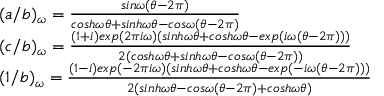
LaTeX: \begin{array} { l l } { { ( a / b ) _ { \omega } = \frac { s i n \omega ( \theta - 2 \pi ) } { c o s h \omega \theta + s i n h \omega \theta - c o s \omega ( \theta - 2 \pi ) } } } \\ { { ( c / b ) _ { \omega } = \frac { ( 1 + i ) e x p ( 2 \pi i \omega ) ( s i n h \omega \theta + c o s h \omega \theta - e x p ( i \omega ( \theta - 2 \pi ) ) ) } { 2 ( c o s h \omega \theta + s i n h \omega \theta - c o s \omega ( \theta - 2 \pi ) ) } } } \\ { { ( 1 / b ) _ { \omega } = \frac { ( 1 - i ) e x p ( - 2 \pi i \omega ) ( s i n h \omega \theta + c o s h \omega \theta - e x p ( - i \omega ( \theta - 2 \pi ) ) ) } { 2 ( s i n h \omega \theta - c o s \omega ( \theta - 2 \pi ) + c o s h \omega \theta ) } } } \end{array}